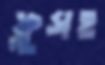
ফ্লুসহ